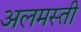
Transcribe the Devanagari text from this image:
अलमस्ती